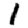
Digit: 1